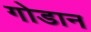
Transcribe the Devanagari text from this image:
गोडान